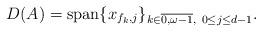
LaTeX: \begin{align*}D(A) = \mathop{\rm span}\nolimits\{ x_{f_k,j} \}_{k\in\overline{0,\omega - 1},\ 0\leq j\leq d-1}. \end{align*}